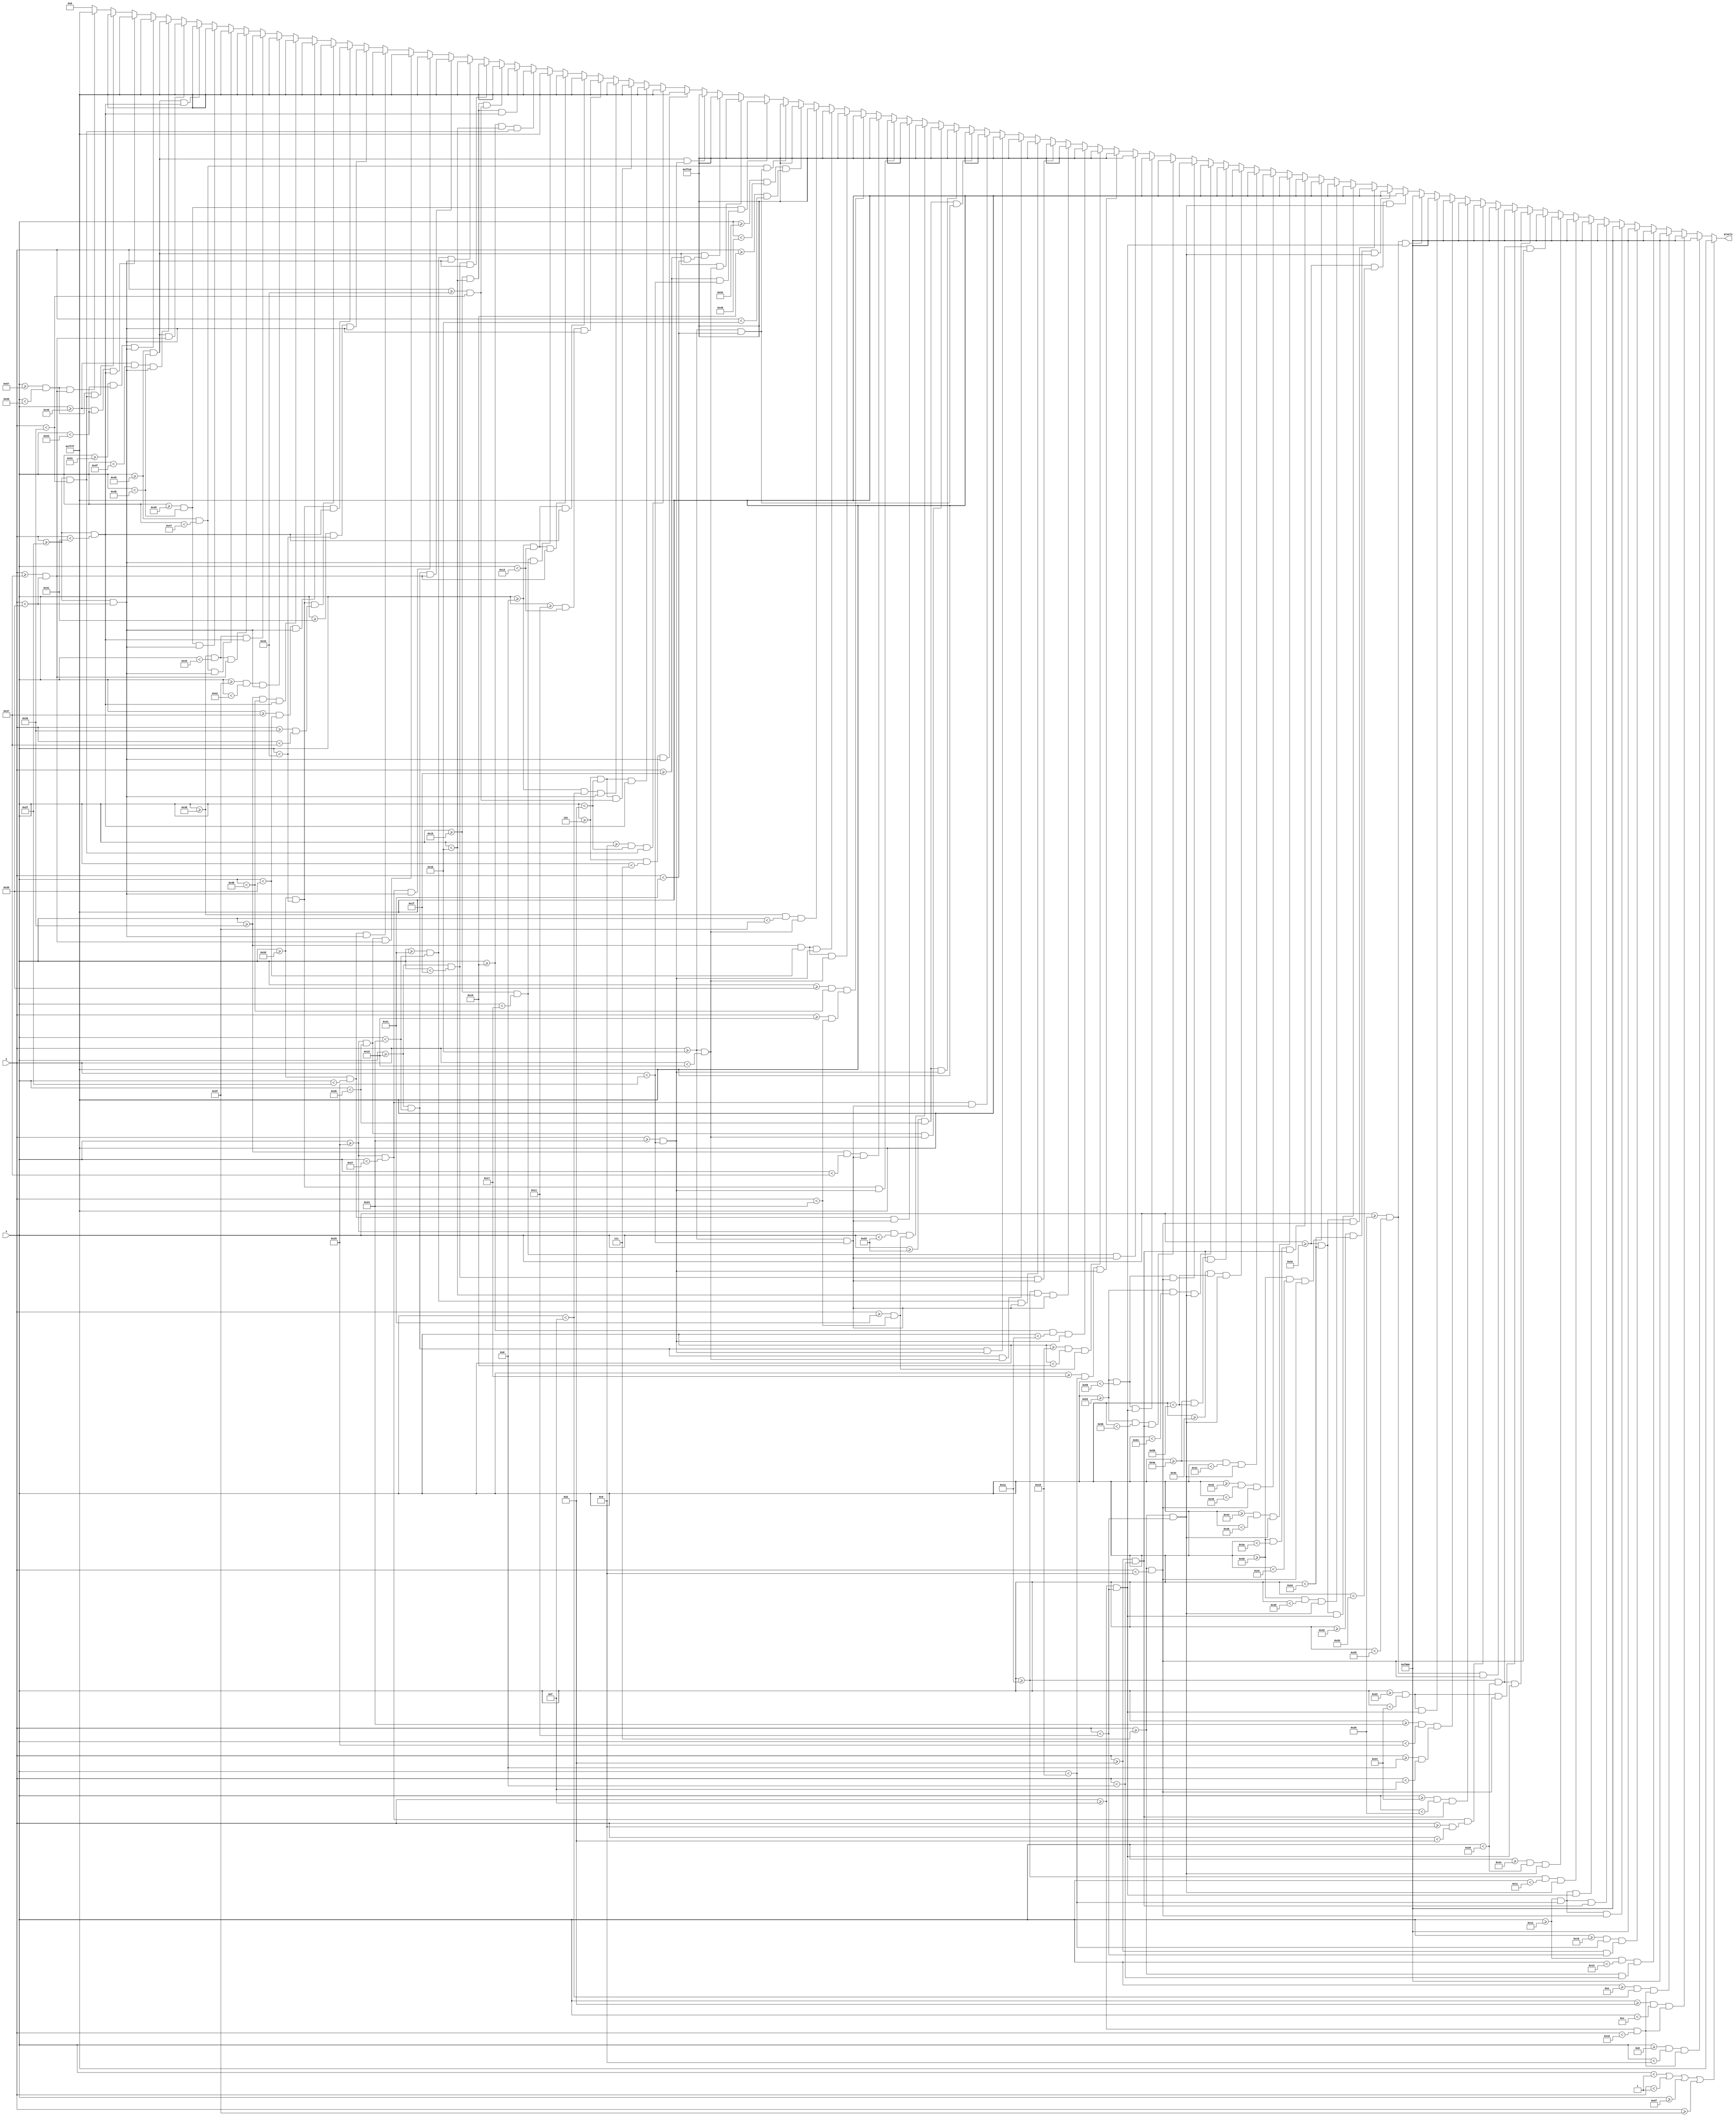
`timescale 1ns / 1ps
//////////////////////////////////////////////////////////////////////////////////
// Company: 
// Engineer: 
// 
// Design Name: 
// Module Name: intro3
// Project Name: 
// Target Devices: 
// Tool Versions: 
// Description: 
// 
// Dependencies: 
// 
// Revision:
// Revision 0.01 - File Created
// Additional Comments:
// 
//////////////////////////////////////////////////////////////////////////////////


// ...50% OF THE WORLD'S POPULATION!
module intro3(
    input [6:0] x,
    input [5:0] y,
    output reg [15:0] pixels
    );
    
    always @ (*) begin
             if (x < 1 || y < 1 || x >= 95 || y >= 63)                 pixels = 16'hFFFF;

//        Intro 3
        else if ((x >= 8   && x < 8+1) && (y >= 15   && y < 15+1))      pixels = 16'hF800;
        else if ((x >= 11   && x < 11+1) && (y >= 15   && y < 15+1))    pixels = 16'hF800;
        else if ((x >= 14   && x < 14+1) && (y >= 15   && y < 15+1))    pixels = 16'hF800;
        else if ((x >= 18   && x < 18+2)   && (y >= 7   && y < 7+6))    pixels = 16'hF800;
        else if ((x >= 18+4 && x < 18+6)   && (y >= 7+4 && y < 7+10))   pixels = 16'hF800;
        else if ((x >= 18   && x < 18+6)   && (y >= 7   && y < 7+2))    pixels = 16'hF800;
        else if ((x >= 18   && x < 18+6)   && (y >= 7+4 && y < 7+6))    pixels = 16'hF800;
        else if ((x >= 18   && x < 18+6)   && (y >= 7+8 && y < 7+10))   pixels = 16'hF800;
        else if ((x >= 26   && x < 26+2)   && (y >= 7   && y < 7+10))   pixels = 16'hF800;
        else if ((x >= 26+4 && x < 26+6)   && (y >= 7   && y < 7+10))   pixels = 16'hF800;
        else if ((x >= 26   && x < 26+6)   && (y >= 7   && y < 7+2))    pixels = 16'hF800;
        else if ((x >= 26   && x < 26+6)   && (y >= 7+8 && y < 7+10))   pixels = 16'hF800;
        else if ((x >= 34   && x < 34+2) && (y >= 7   && y < 7+2))      pixels = 16'hF800;
        else if ((x >= 34+4 && x < 34+6) && (y >= 7   && y < 7+2))      pixels = 16'hF800;
        else if ((x >= 34+3 && x < 34+5) && (y >= 7+2 && y < 7+4))      pixels = 16'hF800;
        else if ((x >= 34+2 && x < 34+4) && (y >= 7+4 && y < 7+6))      pixels = 16'hF800;
        else if ((x >= 34+1 && x < 34+3) && (y >= 7+6 && y < 7+8))      pixels = 16'hF800;
        else if ((x >= 34   && x < 34+2) && (y >= 7+8 && y < 7+10))     pixels = 16'hF800;
        else if ((x >= 34+4 && x < 34+6) && (y >= 7+8 && y < 7+10))     pixels = 16'hF800;
        else if ((x >= 46 && x < 46+2)   && (y >= 7 && y < 7+10))       pixels = 16'hFFFF;
        else if ((x >= 46+4 && x < 46+6) && (y >= 7 && y < 7+10))       pixels = 16'hFFFF;
        else if ((x >= 46 && x < 46+6)   && (y >= 7 && y < 7+2))        pixels = 16'hFFFF;
        else if ((x >= 46 && x < 46+6)   && (y >= 7+8 && y < 7+10))     pixels = 16'hFFFF;
        else if ((x >= 54 && x < 54+2)   && (y >= 7 && y < 7+10))       pixels = 16'hFFFF;
        else if ((x >= 54 && x < 54+6)   && (y >= 7 && y < 7+2))        pixels = 16'hFFFF;
        else if ((x >= 54 && x < 54+4)   && (y >= 7+4 && y < 7+6))      pixels = 16'hFFFF;
        else if ((x >= 66+2 && x < 66+4) && (y >= 7 && y < 7+10))       pixels = 16'hFFFF;
        else if ((x >= 66 && x < 66+6)   && (y >= 7 && y < 7+2))        pixels = 16'hFFFF;
        else if ((x >= 74 && x < 74+2)   && (y >= 7 && y < 7+10))       pixels = 16'hFFFF;
        else if ((x >= 74+4 && x < 74+6) && (y >= 7 && y < 7+10))       pixels = 16'hFFFF;
        else if ((x >= 74 && x < 74+6)   && (y >= 7+4 && y < 7+6))      pixels = 16'hFFFF;
        else if ((x >= 82 && x < 82+2)   && (y >= 7 && y < 7+10))       pixels = 16'hFFFF;
        else if ((x >= 82 && x < 82+6)   && (y >= 7 && y < 7+2))        pixels = 16'hFFFF;
        else if ((x >= 82 && x < 82+4)   && (y >= 7+4 && y < 7+6))      pixels = 16'hFFFF;
        else if ((x >= 82 && x < 82+6)   && (y >= 7+8 && y < 7+10))     pixels = 16'hFFFF;
        else if ((x >= 21 && x < 21+2)   && (y >= 27 && y < 27+10))     pixels = 16'hFFE0;
        else if ((x >= 21+2 && x < 21+3) && (y >= 27+8 && y < 27+10))   pixels = 16'hFFE0;
        else if ((x >= 21+3 && x < 21+4) && (y >= 27+6 && y < 27+8))    pixels = 16'hFFE0;
        else if ((x >= 21+4 && x < 21+5) && (y >= 27+8 && y < 27+10))   pixels = 16'hFFE0;
        else if ((x >= 21+5 && x < 21+6) && (y >= 27 && y < 27+10))     pixels = 16'hFFE0;
        else if ((x >= 29 && x < 29+2)   && (y >= 27 && y < 27+10))     pixels = 16'hFFE0;
        else if ((x >= 29+4 && x < 29+6) && (y >= 27 && y < 27+10))     pixels = 16'hFFE0;
        else if ((x >= 29 && x < 29+6)   && (y >= 27 && y < 27+2))      pixels = 16'hFFE0;
        else if ((x >= 29 && x < 29+6)   && (y >= 27+8 && y < 27+10))   pixels = 16'hFFE0;
        else if ((x >= 37 && x < 37+2)   && (y >= 27 && y < 27+10))     pixels = 16'hFFE0;
        else if ((x >= 37+4 && x < 37+6) && (y >= 27 && y < 27+6))      pixels = 16'hFFE0;
        else if ((x >= 37+4 && x < 37+6) && (y >= 27+8 && y < 27+10))   pixels = 16'hFFE0;
        else if ((x >= 37 && x < 37+6)   && (y >= 27 && y < 27+2))      pixels = 16'hFFE0;
        else if ((x >= 37 && x < 37+4)   && (y >= 27+6 && y < 27+8))    pixels = 16'hFFE0;
        else if ((x >= 45 && x < 45+2)   && (y >= 27 && y < 27+10))     pixels = 16'hFFE0;
        else if ((x >= 45 && x < 45+6)   && (y >= 27+8 && y < 27+10))   pixels = 16'hFFE0;
        else if ((x >= 53 && x < 53+2)   && (y >= 27 && y < 27+10))     pixels = 16'hFFE0;
        else if ((x >= 53+4 && x < 53+6) && (y >= 27+2 && y < 27+8))    pixels = 16'hFFE0;
        else if ((x >= 53 && x < 53+4)   && (y >= 27 && y < 27+2))      pixels = 16'hFFE0;
        else if ((x >= 53 && x < 53+4)   && (y >= 27+8 && y < 27+10))   pixels = 16'hFFE0;
        else if ((x >= 61   && x < 61+2) && (y >= 27   && y < 27+2))    pixels = 16'hFFE0;
        else if ((x >= 61+1 && x < 61+3) && (y >= 27-2 && y < 27))      pixels = 16'hFFE0;
        else if ((x >= 69 && x < 69+2)   && (y >= 27 && y < 27+6))      pixels = 16'hFFE0;
        else if ((x >= 69+4 && x < 69+6) && (y >= 27+4 && y < 27+10))   pixels = 16'hFFE0;
        else if ((x >= 69 && x < 69+6)   && (y >= 27 && y < 27+2))      pixels = 16'hFFE0;
        else if ((x >= 69 && x < 69+6)   && (y >= 27+4 && y < 27+6))    pixels = 16'hFFE0;
        else if ((x >= 69 && x < 69+6)   && (y >= 27+8 && y < 27+10))   pixels = 16'hFFE0;
        else if ((x >= 5 && x < 5+2)   && (y >= 47 && y < 47+10))       pixels = 16'hFFFF;
        else if ((x >= 5+4 && x < 5+6) && (y >= 47 && y < 47+6))        pixels = 16'hFFFF;
        else if ((x >= 5 && x < 5+6)   && (y >= 47 && y < 47+2))        pixels = 16'hFFFF;
        else if ((x >= 5 && x < 5+6)   && (y >= 47+4 && y < 47+6))      pixels = 16'hFFFF;
        else if ((x >= 13 && x < 13+2)   && (y >= 47 && y < 47+10))     pixels = 16'hFFFF;
        else if ((x >= 13+4 && x < 13+6) && (y >= 47 && y < 47+10))     pixels = 16'hFFFF;
        else if ((x >= 13 && x < 13+6)   && (y >= 47 && y < 47+2))      pixels = 16'hFFFF;
        else if ((x >= 13 && x < 13+6)   && (y >= 47+8 && y < 47+10))   pixels = 16'hFFFF;
        else if ((x >= 21 && x < 21+2)   && (y >= 47 && y < 47+10))     pixels = 16'hFFFF;
        else if ((x >= 21+4 && x < 21+6) && (y >= 47 && y < 47+6))      pixels = 16'hFFFF;
        else if ((x >= 21 && x < 21+6)   && (y >= 47 && y < 47+2))      pixels = 16'hFFFF;
        else if ((x >= 21 && x < 21+6)   && (y >= 47+4 && y < 47+6))    pixels = 16'hFFFF;
        else if ((x >= 29 && x < 29+2)   && (y >= 47 && y < 47+10))     pixels = 16'hFFFF;
        else if ((x >= 29+4 && x < 29+6) && (y >= 47 && y < 47+10))     pixels = 16'hFFFF;
        else if ((x >= 29 && x < 29+6)   && (y >= 47+8 && y < 47+10))   pixels = 16'hFFFF;
        else if ((x >= 37 && x < 37+2)   && (y >= 47 && y < 47+10))     pixels = 16'hFFFF;
        else if ((x >= 37 && x < 37+6)   && (y >= 47+8 && y < 47+10))   pixels = 16'hFFFF;
        else if ((x >= 45 && x < 45+2)   && (y >= 47 && y < 47+10))     pixels = 16'hFFFF;
        else if ((x >= 45+4 && x < 45+6) && (y >= 47 && y < 47+10))     pixels = 16'hFFFF;
        else if ((x >= 45 && x < 45+6)   && (y >= 47 && y < 47+2))      pixels = 16'hFFFF;
        else if ((x >= 45 && x < 45+6)   && (y >= 47+6 && y < 47+8))    pixels = 16'hFFFF;
        else if ((x >= 53+2 && x < 53+4) && (y >= 47 && y < 47+10))     pixels = 16'hFFFF;
        else if ((x >= 53 && x < 53+6)   && (y >= 47 && y < 47+2))      pixels = 16'hFFFF;
        else if ((x >= 61+2 && x < 61+4) && (y >= 47 && y < 47+10))     pixels = 16'hFFFF;
        else if ((x >= 61 && x < 61+6)   && (y >= 47 && y < 47+2))      pixels = 16'hFFFF;
        else if ((x >= 61 && x < 61+6)   && (y >= 47+8 && y < 47+10))   pixels = 16'hFFFF;
        else if ((x >= 69 && x < 69+2)   && (y >= 47 && y < 47+10))     pixels = 16'hFFFF;
        else if ((x >= 69+4 && x < 69+6) && (y >= 47 && y < 47+10))     pixels = 16'hFFFF;
        else if ((x >= 69 && x < 69+6)   && (y >= 47 && y < 47+2))      pixels = 16'hFFFF;
        else if ((x >= 69 && x < 69+6)   && (y >= 47+8 && y < 47+10))   pixels = 16'hFFFF;
        else if ((x >= 77 && x < 77+2)   && (y >= 47 && y < 47+10))     pixels = 16'hFFFF;
        else if ((x >= 77+4 && x < 77+6) && (y >= 47 && y < 47+10))     pixels = 16'hFFFF;
        else if ((x >= 77 && x < 77+6)   && (y >= 47 && y < 47+2))      pixels = 16'hFFFF;
        else if ((x >= 87 && x < 87+2) && (y >= 47   && y < 47+6))      pixels = 16'hFFFF;
        else if ((x >= 87 && x < 87+2) && (y >= 47+8 && y < 47+10))     pixels = 16'hFFFF;
        else pixels = 16'h0000;
    end

endmodule